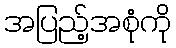
အပြည့်အစုံကို